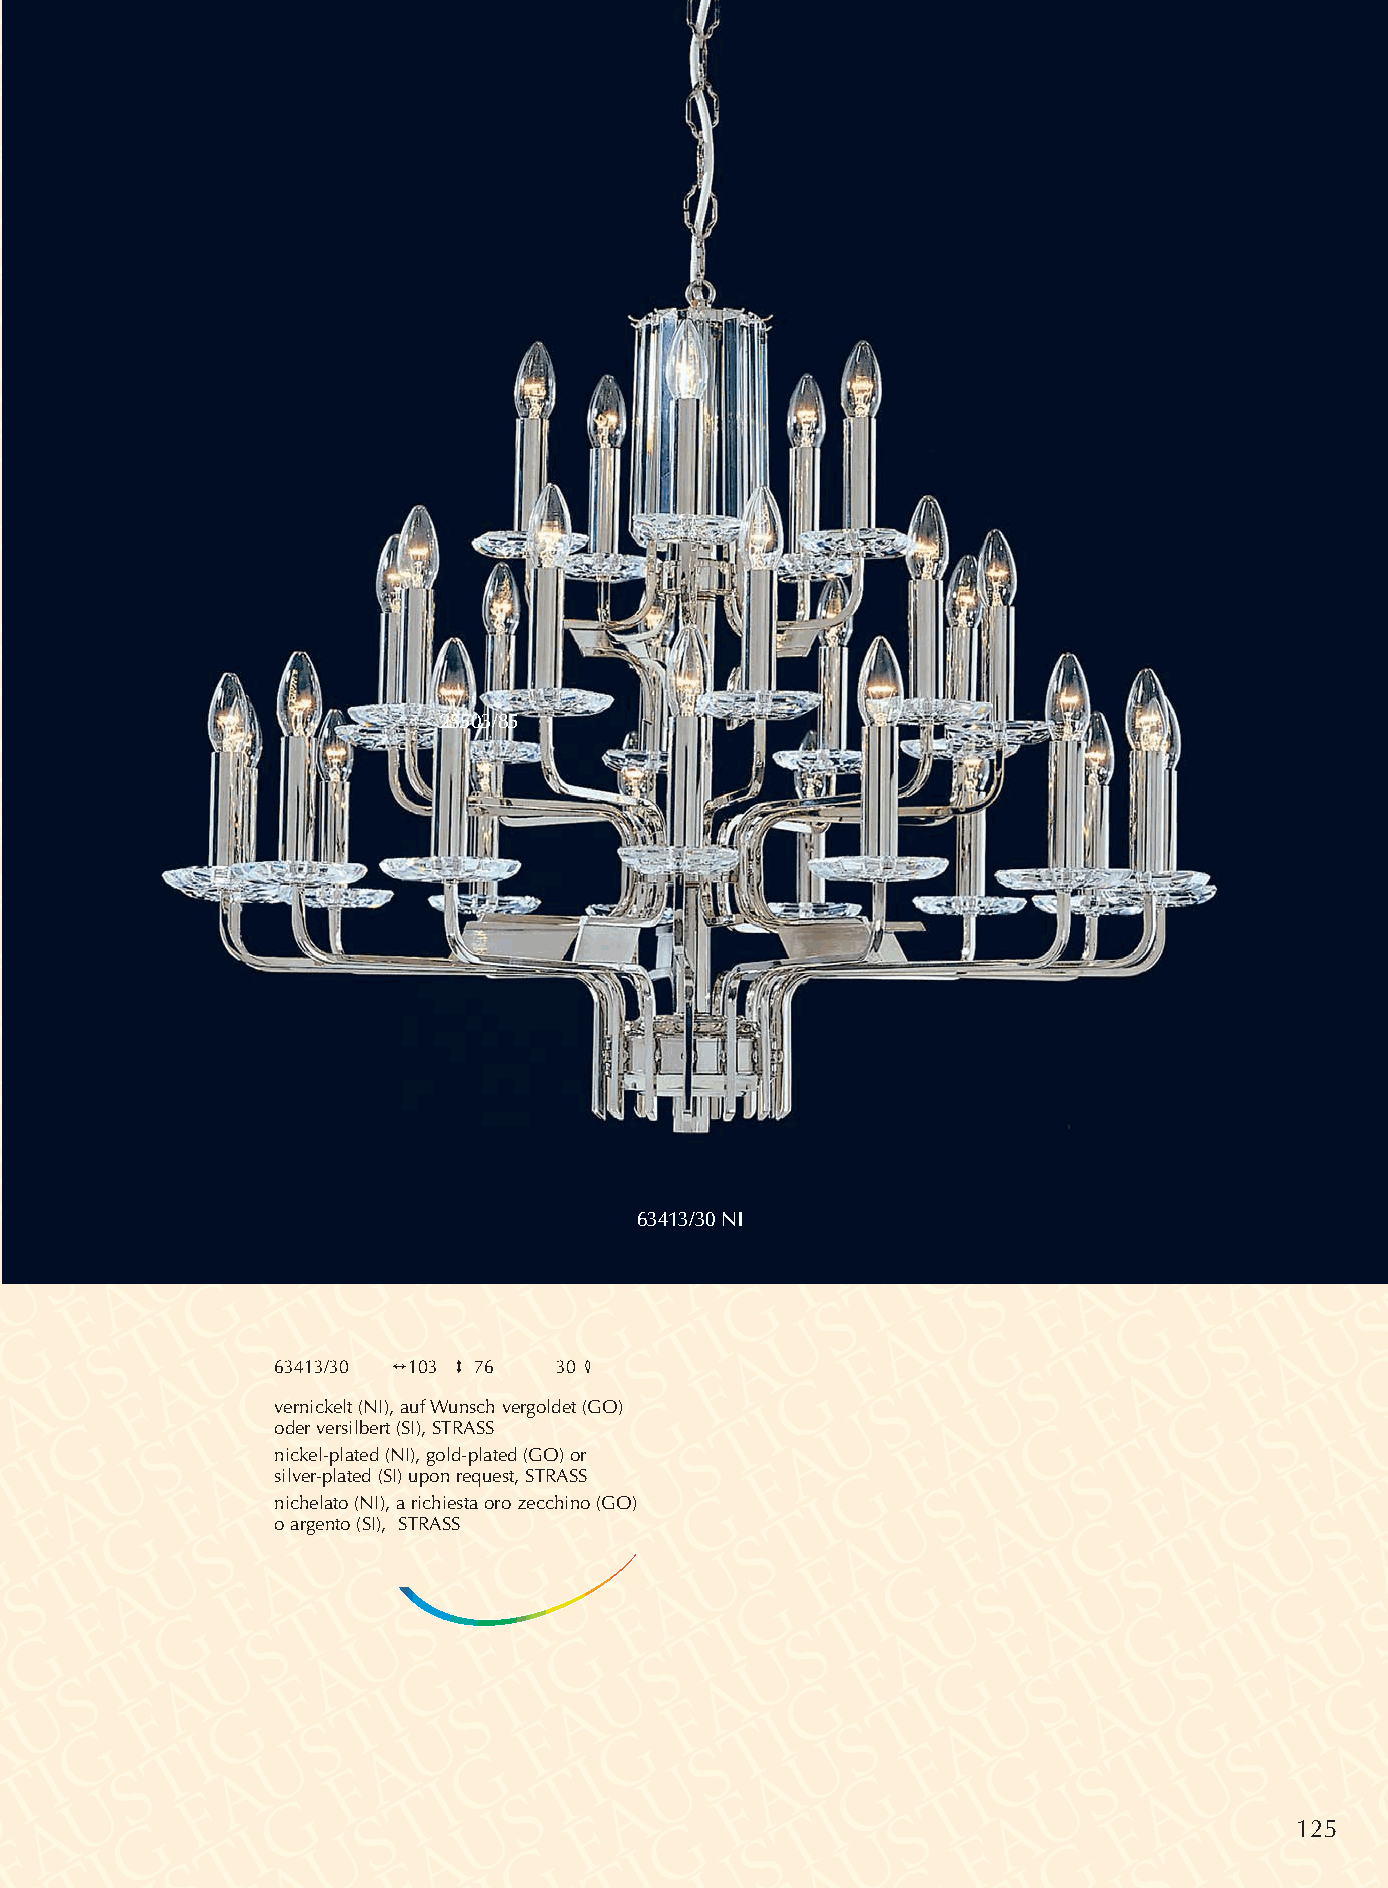
25503/85
 63413/30 NI
 63413/30 2103 3 76 30 4
 vernickelt (NI), auf Wunsch vergoldet (GO)
 oder versilbert (SI), STRASS
 nickel-plated (NI), gold-plated (GO) or
 silver-plated (SI) upon request, STRASS
 nichelato (NI), a richiesta oro zecchino (GO)
 o argento (SI), STRASS
 125